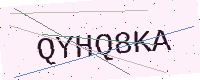
Text: QYHQ8KA